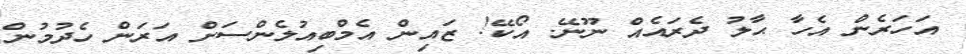
އަހަރެން އެހާ ޙާލު ދެރައެއް ނޫނޭ. އޯކޭ! ޒައިން އެމްބިއުލެންސަށް އަރަން ހެދުމުން